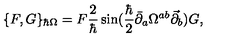
\{ F , G \} _ { \hbar \Omega } = F \frac { 2 } { \hbar } \sin ( \frac { \hbar } { 2 } \bar { \partial } _ { a } \Omega ^ { a b } \vec { \partial } _ { b } ) G ,